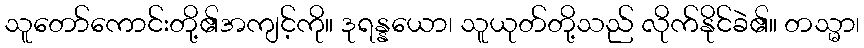
သူတော်ကောင်းတို့၏အကျင့်ကို။ ဒုရန္နယော၊ သူယုတ်တို့သည် လိုက်နိုင်ခဲ၏။ တသ္မာ၊